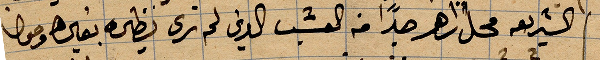
الشريعة محل زاهر جدًا من العشب الذي لم ترى نظيره بعين ...